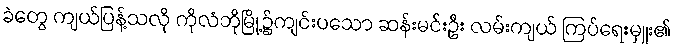
ခဲတွေ ကျယ်ပြန့်သလို ကိုလံဘိုမြို့၌ကျင်းပသော ဆန်းမင်းဦး လမ်းကျယ် ကြပ်ရေးမှူး၏